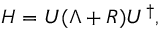
H = U ( \Lambda + R ) U ^ { \dag } ,